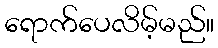
ရောက်ပေလိမ့်မည်။